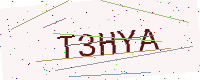
Text: T3HYA